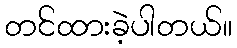
တင်ထားခဲ့ပါတယ်။